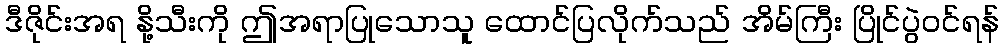
ဒီဇိုင်းအရ နို့သီးကို ဤအရာပြုသောသူ ထောင်ပြလိုက်သည် အိမ်ကြီး ပြိုင်ပွဲဝင်ရန်